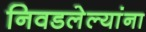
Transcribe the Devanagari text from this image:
निवडलेल्यांना